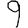
Digit: 9